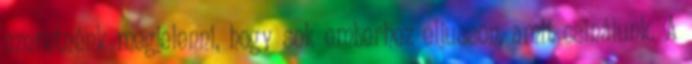
szeretnénk megjelenni, hogy sok emberhez eljusson, amit csinálunk. A